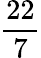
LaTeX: \frac{22}{7}